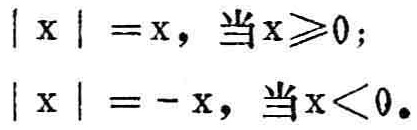
\[
|x| = x, \text{ 当 } x\geqslant0; \\
|x| = -x, \text{ 当 } x<0.
\]